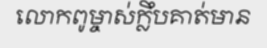
លោកពូម្ចាស់ក្លឹបគាត់មាន